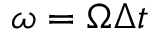
\omega = \Omega \Delta t